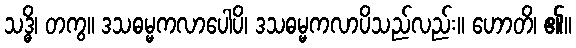
သဒ္ဓိ၊ တကွ။ ဒသဓမ္မကလာပေါပိ၊ ဒသဓမ္မကလာပိသည်လည်း။ ဟောတိ၊ ၏။